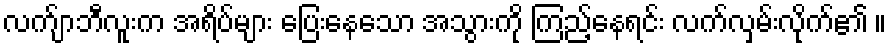
လက်ျာဘီလူးက အရိပ်များ ပြေးနေသော အသွားကို ကြည့်နေရင်း လက်လှမ်းလိုက်၏ ။